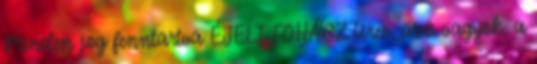
Minden jog fenntartva ÉJELI FOHÁSZ Üres, üres vagyok, a